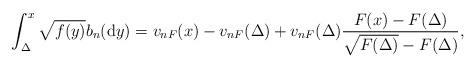
LaTeX: \begin{align*} \int_\Delta^x\sqrt{f(y)}b_n(\mathrm{d}y) = v_{nF}(x)-v_{nF}(\Delta) +v_{nF}(\Delta) \frac{F(x) - F(\Delta)}{\sqrt{ F(\Delta)} -F(\Delta)} ,\end{align*}